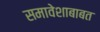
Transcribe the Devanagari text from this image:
समावेशाबाबत